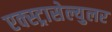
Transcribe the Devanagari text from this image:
एक्स्ट्रासेल्युलर